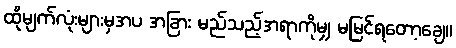
ထိုမျက်လုံးများမှအပ အခြား မည်သည့်အရာကိုမျှ မမြင်ရတော့ချေ။